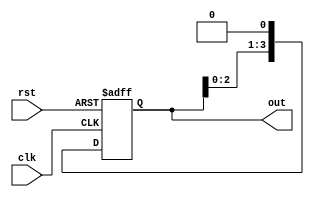
module ring_counter (
  input wire clk, // Clock input
  input wire rst, // Reset input
  output reg [N-1:0] out // Output of the ring counter
);

parameter N = 4; // Number of flip-flops in the ring counter

reg [N-1:0] state; // Current state of the ring counter

always @(posedge clk or posedge rst) begin
  if (rst) begin
    state <= 1'b1; // Initialize the counter to start at state 1
  end else begin
    state <= state << 1; // Shift the '1' bit to the next flip-flop
  end
end

assign out = state; // Output the current state of the ring counter

endmodule